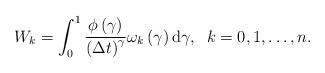
LaTeX: \begin{align*}W_{k}=\int_{0}^{1}\frac{\phi \left( \gamma \right) }{\left( \Delta t\right)^{\gamma }}\omega _{k}\left( \gamma \right) \mathrm{d}\gamma,\;\;k=0,1,\ldots ,n. \end{align*}